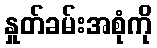
နှုတ်ခမ်းအစုံကို